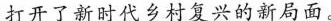
打开了新时代乡村复兴的新局面。